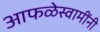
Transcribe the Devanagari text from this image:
आफळेस्वामींनी